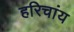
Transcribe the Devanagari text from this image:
हरिचांय